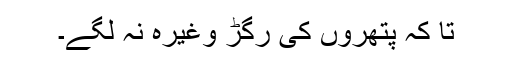
تا کہ پتھروں کی رگڑ وغیرہ نہ لگے۔